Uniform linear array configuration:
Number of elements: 48
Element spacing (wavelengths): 0.75
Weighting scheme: uniform
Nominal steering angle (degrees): -30
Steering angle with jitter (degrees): -29.032
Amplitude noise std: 0.05
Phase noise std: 0.05

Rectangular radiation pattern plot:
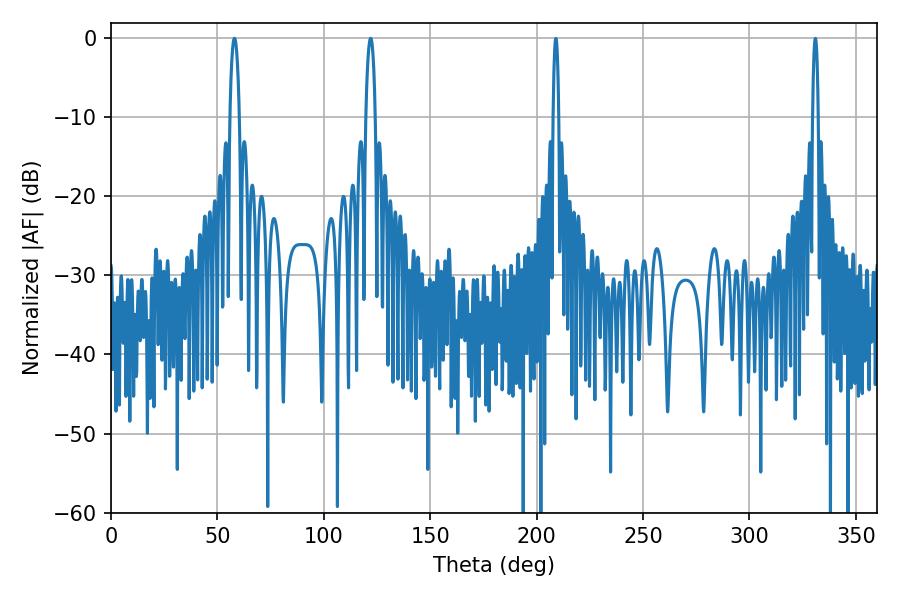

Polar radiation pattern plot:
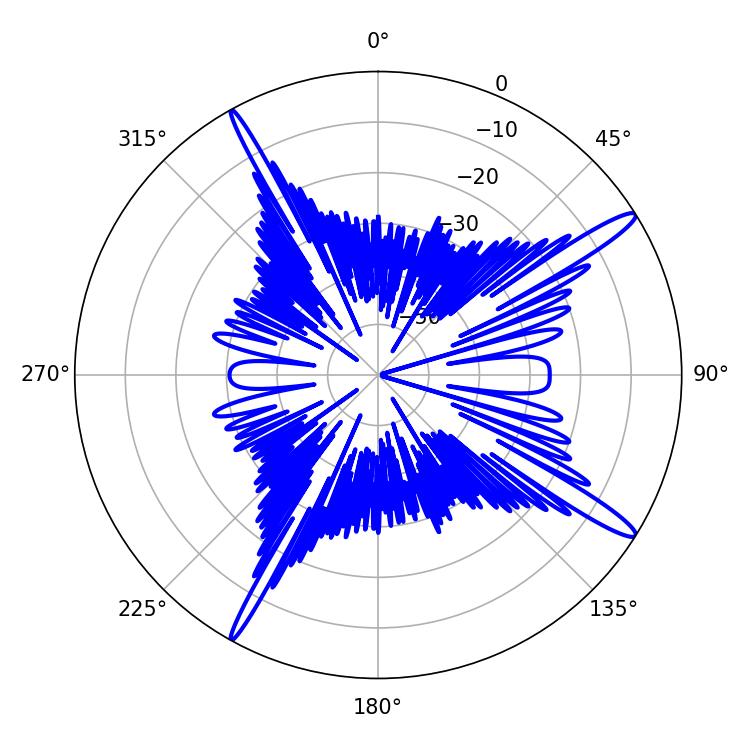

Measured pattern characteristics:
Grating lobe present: TRUE
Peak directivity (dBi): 15.418
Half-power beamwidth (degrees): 2.34
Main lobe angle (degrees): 57.96